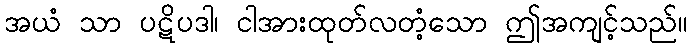
အယံ သာ ပဋိပဒါ၊ ငါအားထုတ်လတံ့သော ဤအကျင့်သည်။